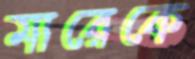
মারেকে